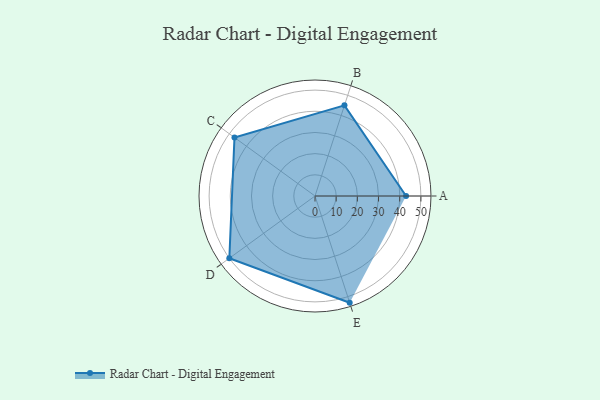
{"axis": {"x": "Skill", "y": "Score"}, "legend": ["Profile"], "data": [{"x": "A", "y": 43.0, "type": "Profile"}, {"x": "B", "y": 45.0, "type": "Profile"}, {"x": "C", "y": 47.0, "type": "Profile"}, {"x": "D", "y": 50.0, "type": "Profile"}, {"x": "E", "y": 53.0, "type": "Profile"}]}